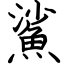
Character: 鯊